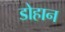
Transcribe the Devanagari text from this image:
डोहान